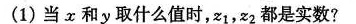
(1)当x和y取什么值时，z_{1}，z_{2}都是实数?